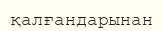
қалғандарынан